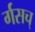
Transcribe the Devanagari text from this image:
र्गसच्